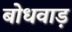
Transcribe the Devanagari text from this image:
बोधवाड़